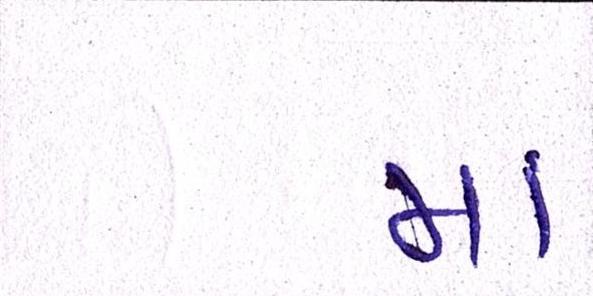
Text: મા